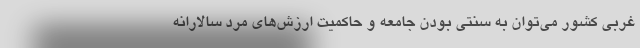
غربی کشور می‌توان به سنتی بودن جامعه و حاکمیت ارزش‌های مرد سالارانه